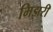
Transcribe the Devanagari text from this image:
मिझरी